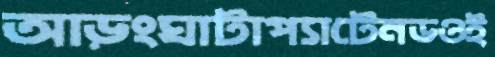
আড়ংঘাটাপ্যাটেনডওই